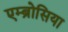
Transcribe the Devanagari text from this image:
एम्ब्रोसिया